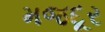
મજદૂર